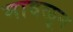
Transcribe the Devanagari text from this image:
मावळून